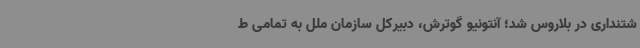
شتنداری در بلاروس شد؛ آنتونیو گوترش، دبیرکل سازمان ملل به تمامی ط